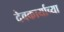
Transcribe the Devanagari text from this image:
देवकार्याच्या